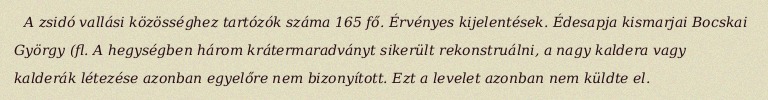
A zsidó vallási közösséghez tartózók száma 165 fő. Érvényes kijelentések. Édesapja kismarjai Bocskai György (fl. A hegységben három krátermaradványt sikerült rekonstruálni, a nagy kaldera vagy kalderák létezése azonban egyelőre nem bizonyított. Ezt a levelet azonban nem küldte el.